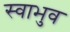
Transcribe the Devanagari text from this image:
स्वाभुव